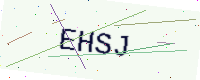
Text: EHSJ